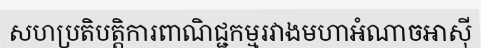
សហប្រតិបត្តិការពាណិជ្ជកម្មរវាងមហាអំណាចអាស៊ី